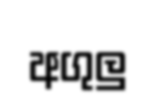
අගුලු